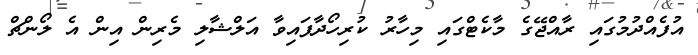
އުފެއްދުމުގައި ރާއްޖޭގެ މާކެޓްގައި މިހާރު ކުރިހޯދާފައިވާ އަލްޝާލި މެރިން އިން އެ ލޯންޗް